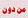
من